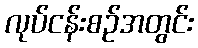
လုပ်ငန်းစဉ်အတွင်း